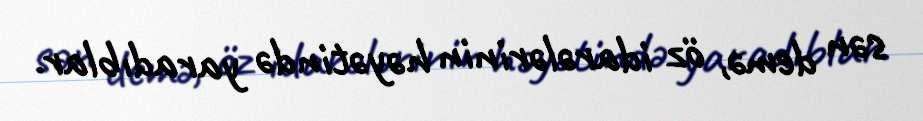
sən demə, öz idarələrinin həyətində yaradıblar.